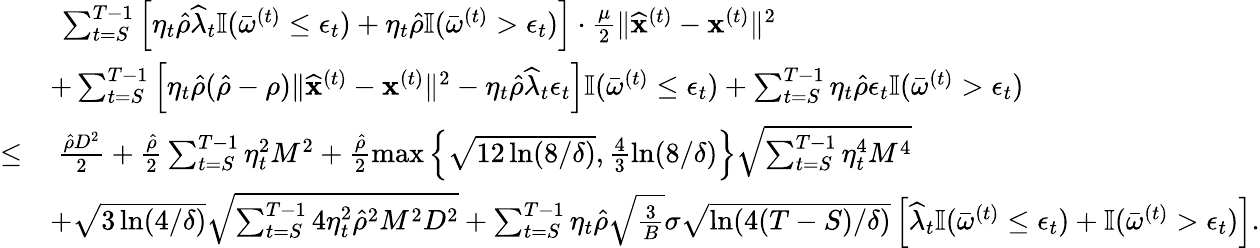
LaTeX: \begin{array}{rl}&{~\sum_{t=S}^{T-1}\left[\eta_{t}\hat{\rho}\widehat\lambda_{t}\mathbb{I}(\bar{\omega}^{(t)}\leq\epsilon_{t})+\eta_{t}\hat{\rho}\mathbb{I}(\bar{\omega}^{(t)}>\epsilon_{t})\right]\cdot\frac{\mu}{2}\| \widehat{\mathbf x}^{(t)}-{\mathbf x}^{(t)}\| ^{2}}\\ &{+\sum_{t=S}^{T-1}\left[\eta_{t}\hat{\rho}(\hat{\rho}-\rho)\| \widehat{\mathbf x}^{(t)}-{\mathbf x}^{(t)}\| ^{2}-\eta_{t}\hat{\rho}\widehat\lambda_{t}\epsilon_{t}\right]\mathbb{I}(\bar{\omega}^{(t)}\leq\epsilon_{t})+\sum_{t=S}^{T-1}\eta_{t}\hat{\rho}\epsilon_{t}\mathbb{I}(\bar{\omega}^{(t)}>\epsilon_{t})}\\ {\leq}&{~\frac{\hat{\rho}D^{2}}{2}+\frac{\hat{\rho}}{2}\sum_{t=S}^{T-1}\eta_{t}^{2}M^{2}+\frac{\hat{\rho}}{2}\operatorname*{max}\left\{ \sqrt{12\ln(8/\delta)},\frac{4}{3}\ln(8/\delta)\right\} \sqrt{\sum_{t=S}^{T-1}\eta_{t}^{4}M^{4}}}\\ &{+\sqrt{3\ln(4/\delta)}\sqrt{\sum_{t=S}^{T-1}4\eta_{t}^{2}\hat{\rho}^{2}M^{2}D^{2}}+\sum_{t=S}^{T-1}\eta_{t}\hat{\rho}\sqrt{\frac{3}{B}}\sigma\sqrt{\ln(4(T-S)/\delta)}\left[\widehat\lambda_{t}\mathbb{I}(\bar{\omega}^{(t)}\leq\epsilon_{t})+\mathbb{I}(\bar{\omega}^{(t)}>\epsilon_{t})\right].}\end{array}